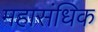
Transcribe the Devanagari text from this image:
महासंधिक